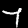
Label: 7